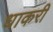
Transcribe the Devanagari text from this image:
धाकरी